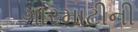
ગારમાટીની